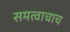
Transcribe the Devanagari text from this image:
समत्वाचाच